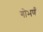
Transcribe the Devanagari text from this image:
गोभणी